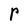
Character: r